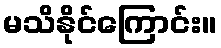
မသိနိုင်ကြောင်း။